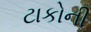
ટાકોની